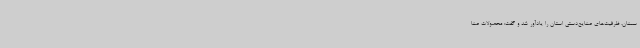
سمنان، ظرفیت‌های صنایع‌دستی استان را یادآور شد و گفت: محصولات صنا